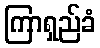
ကြာရှည်ခံ